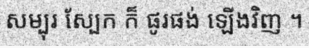
សម្បុរ ស្បែក ក៏ ផូរផង់ ឡើងវិញ ។